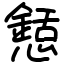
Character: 懖